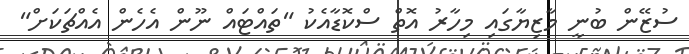
ސުޒޭން ބުނީ މާޒިޔާގައި މިހާރު އޮތް ސްކޮޑާއެކު "ތައްޓައް ނޫން އެހެން އެއްޗަކަށް"